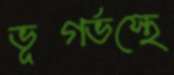
ভূগর্ভস্থে